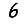
Digit: 6